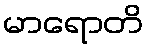
မာရောတိ